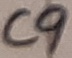
Text: C9